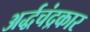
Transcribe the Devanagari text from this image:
अर्द्धचंद्रकार